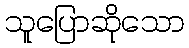
သူပြောဆိုသော